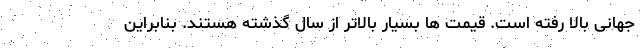
جهانی بالا رفته است. قیمت ها بسیار بالاتر از سال گذشته هستند. بنابراین